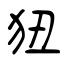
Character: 狃